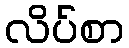
လိပ်စာ